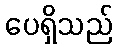
ပေရှိသည်